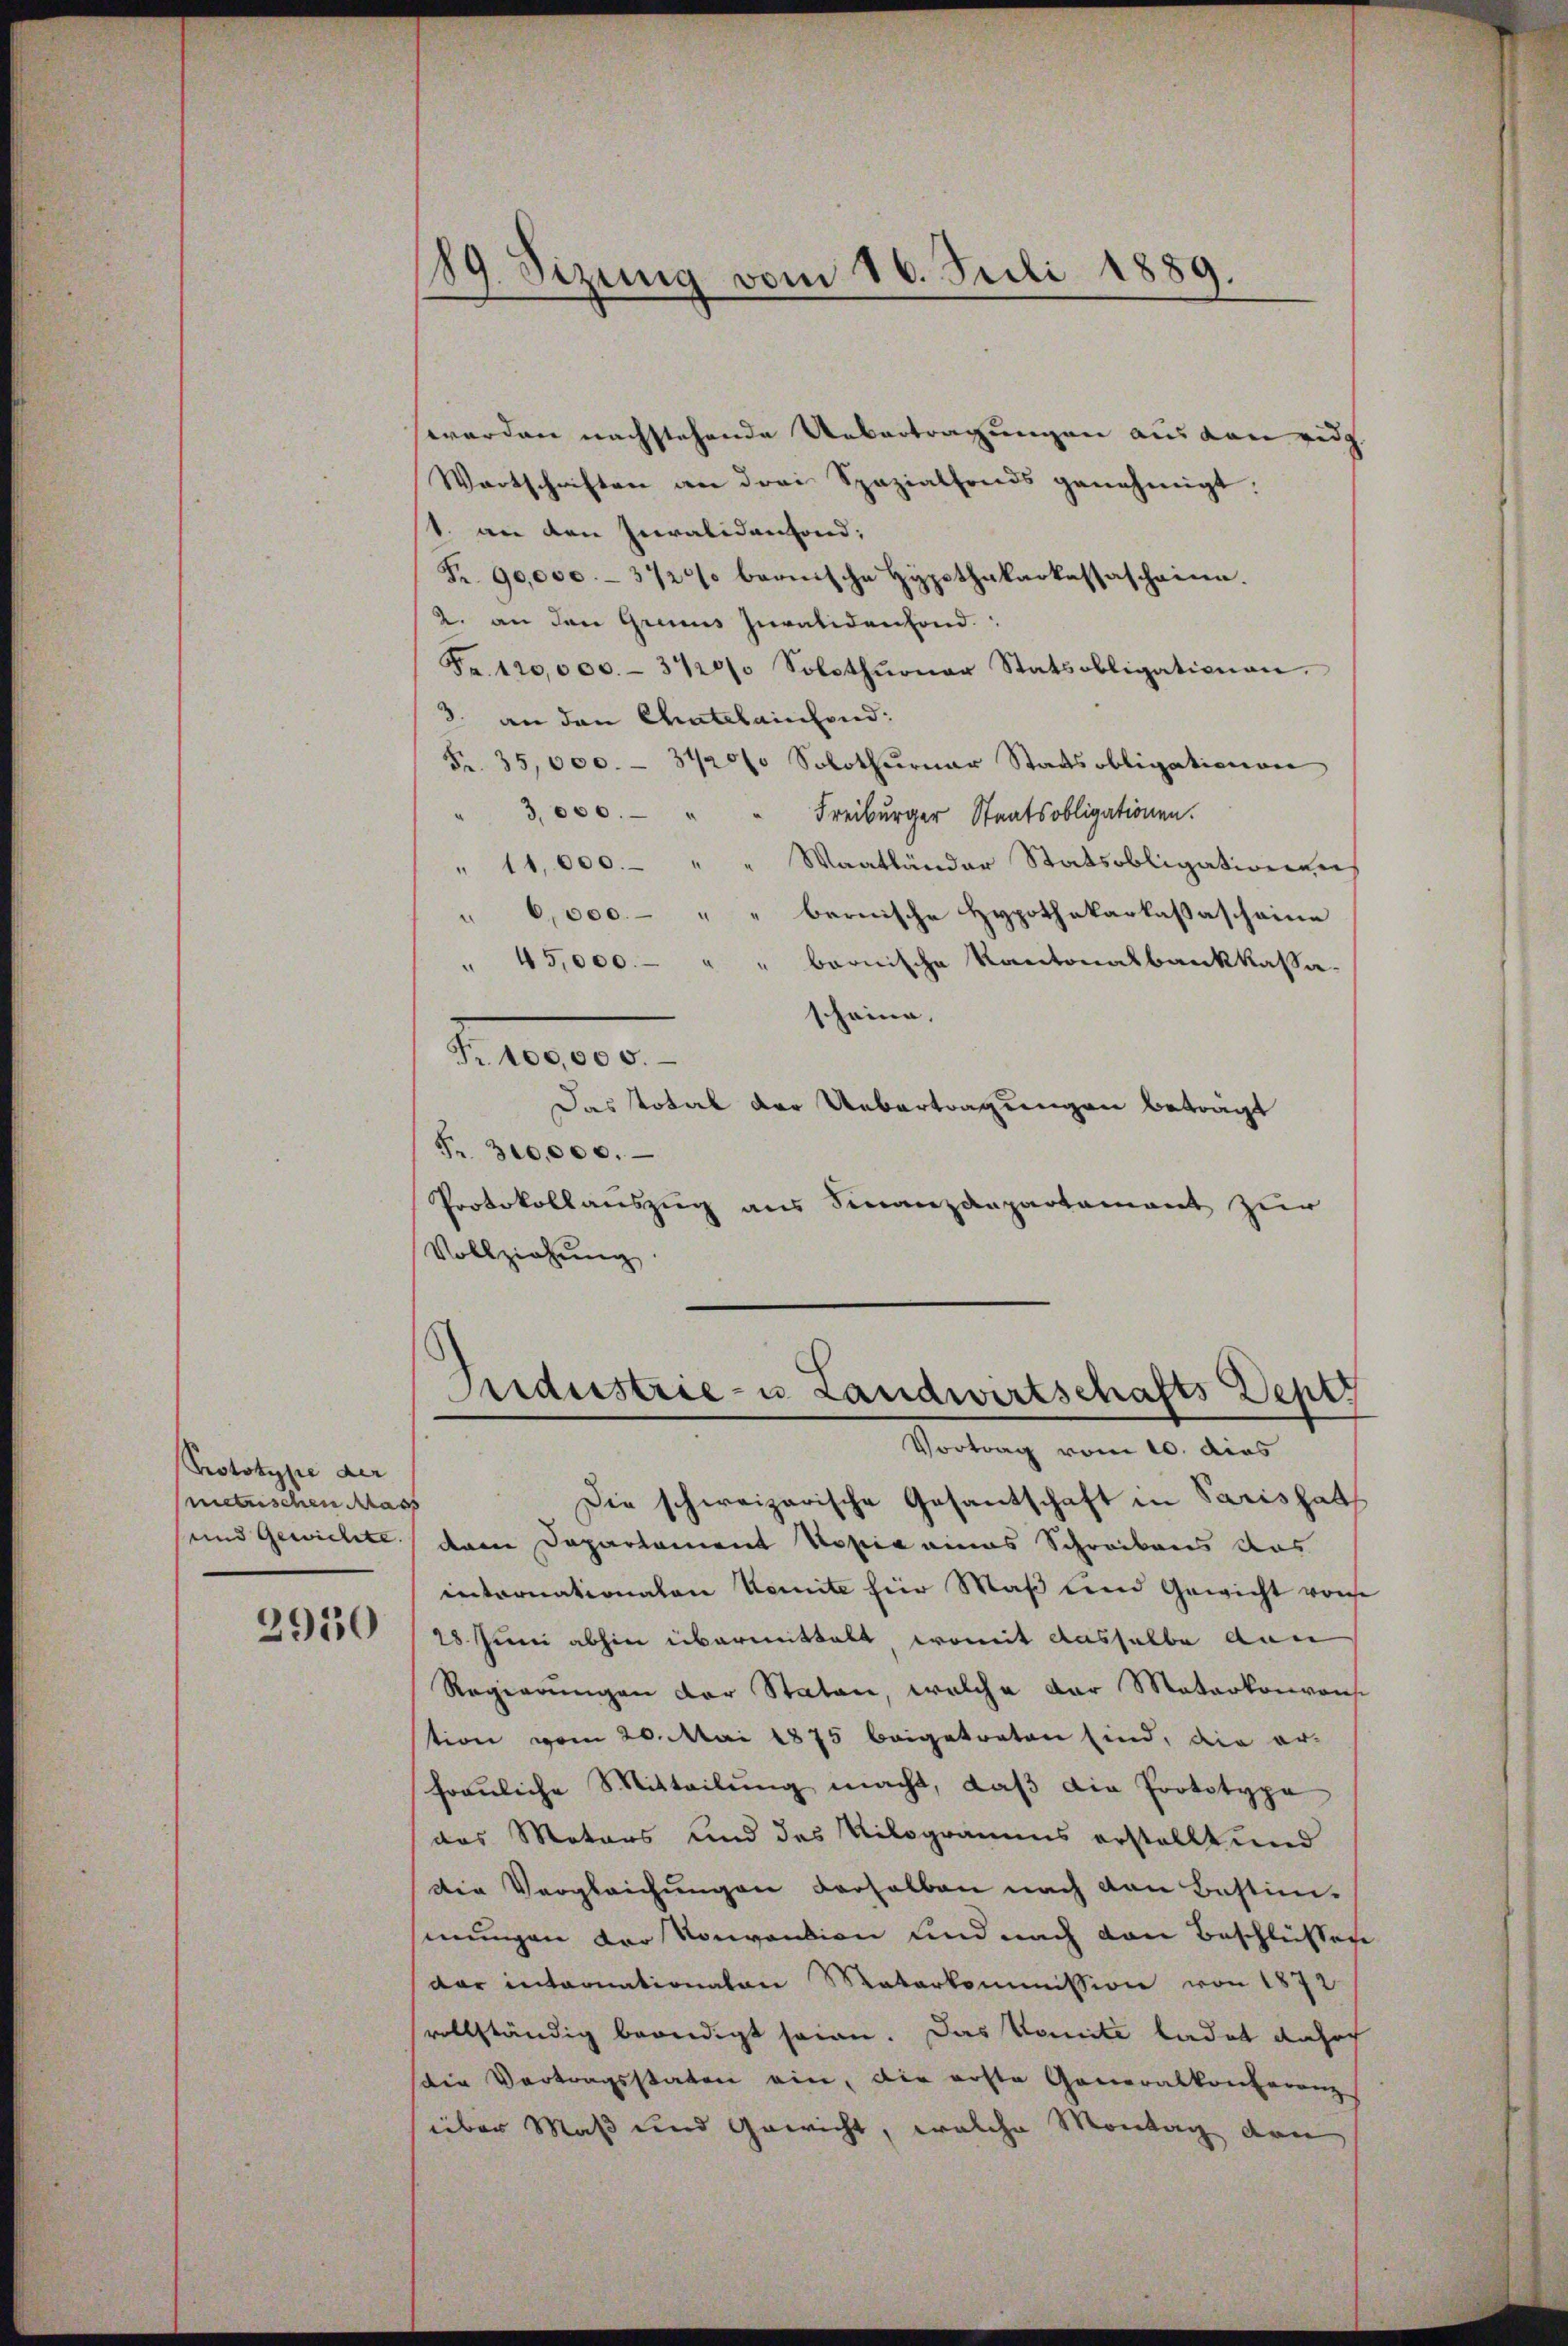
Prototype der
metischen Mas

2950

89. Sizung vom 16. Juli 1889.

werden nachstehende Uebertragungen aus den eidg.
Wortschriften an drei Spezialfonds genehmigt.
st. an den Invalidenfond;
Fr. 90,000.- 3720% bernische Hypothekarkassascheine.
2. an den Grinus Invalidenfond.
Fr. 120,000.- 3½20/ Solothŭrner Statsobligationen.
3. an den Chatelainsend:
Fr. 35,000. - 31200 Solothurner Staatsobligationen
" 3000. " " Freiburger Staatsobligationen.
" 11,000. " " Waatländer Statsobligationen
" 6,000 " " bernische Hypothekarkassascheine
barnische Kantonalbankkassa¬
" 45,000.
scheine. |
Fr. 100,000.
Das Total der Uebertragungen beträgt
Fr. 310,000.
Protokollauszug aus Finanzdepartament zur
Vollziehung.

Andustrie- u. Landwirtschafts Deptz
Vortrag vom 10. dies

Die schweizerische Gesantschaft in Paris hat
und Gewichte dann Departament Kopie eines Schreibens das
intornationalen Komite für Maß und Gewicht von
28. Juni abhin übermittelt, womit dasselbe den
Regierungen der Staten, welche der Materkonven
tion vom 20. Mai 1875 beigetreten sind, die er-
frauliche Mitteilung macht, daβ die Prototypa
das Motors und des Milogramms erstellt und
Die Vergleichungen derselben nach den Bestim-
sinungen der Konvention und nach von Beschlüssen
dar internationalen Materkommission von 1872
vollständig beendigt seien. Das Komité ladet daher
die Vertragsstaten ein, die erste Generalkonferenz
über Maß und Gewicht, welche Montag den